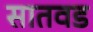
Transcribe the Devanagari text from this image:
सातवड